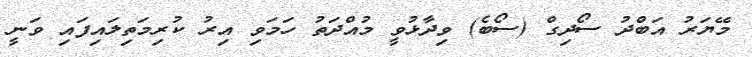
މޭޔަރު އަބްދު ސޯދިގް (ސޯބެ) ވިދާޅުވީ މުއްދަތު ހަމަވި އިރު ކުރިމަތިލައިފައި ވަނީ